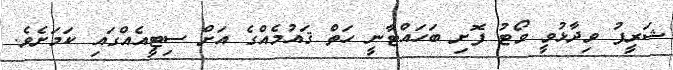
ޝަރީފު ވިދާޅުވީ ވޯޓު ފޮށި ބަހައްޓާނީ ހަތް ޤައުމެއްގެ އަށް ސިޓީއެއްގައި ކަމަށެވެ.